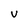
Character: v